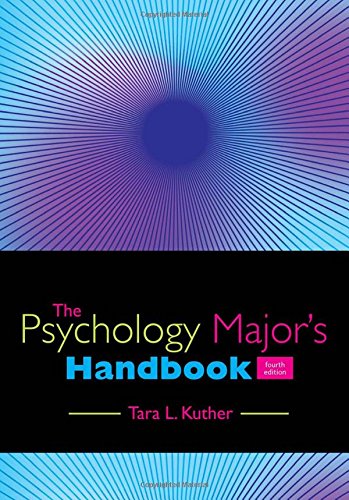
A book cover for The Psychology Major's Handbook; Tara L. Kuther; Health, Fitness & Dieting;